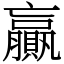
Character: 贏